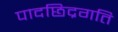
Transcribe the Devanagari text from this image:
पादछिद्रगति